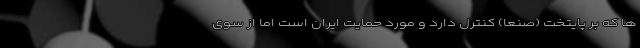
ها که بر پایتخت (صنعا) کنترل دارد و مورد حمایت ایران است اما از سوی